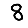
Digit: 8